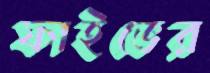
ফাইভের